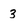
Character: 3